Report on plague and inoculation in the Punjab from October 1st ... to September 30th..., being the ... season of plague in the province
Disease focus: Plague
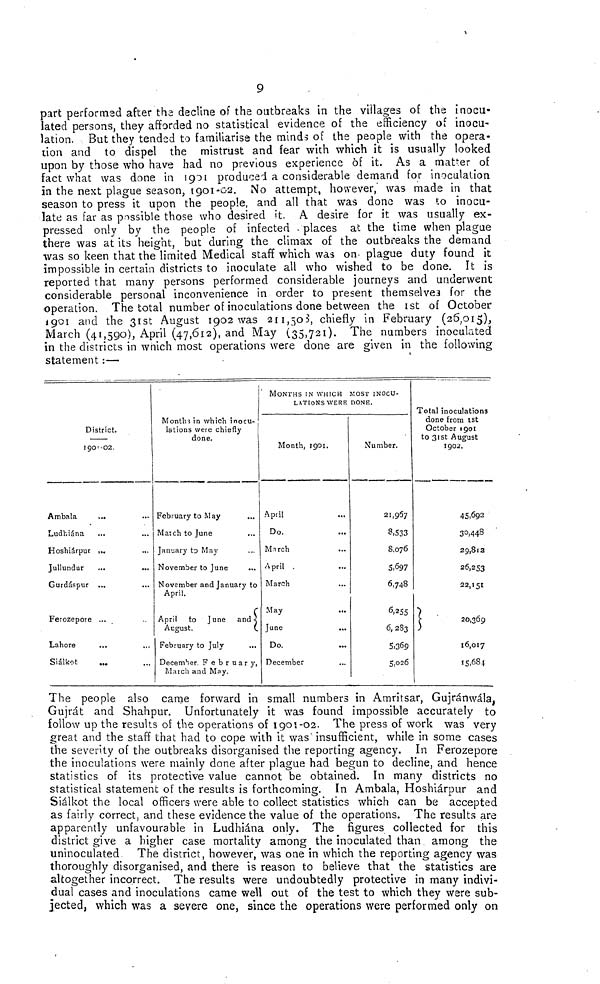
9
part performed after the decline of the outbreaks in the villages of the inocu-
lated persons, they afforded no statistical evidence of the efficiency of inocu-
lation. But they tended to familiarise the minds of the people with the opera-
tion and to dispel the mistrust and fear with which it is usually looked
upon by those who have had no previous experience òf it. As a matter of
fact what was done in 1901 produced a considerable demand for inoculation
in the next plague season, 1901-02. No attempt, however,' was made in that
season to press it upon the people, and all that was done was to inocu-
late as far as possible those who desired it. A desire for it was usually ex-
pressed only by the people of infected . places at the time when plague
there was at its height, but during the climax of the outbreaks the demand
was so keen that the limited Medical staff which was on plague duty found it
impossible in certain districts to inoculate all who wished to be done. It is
reported that many persons performed considerable journeys and underwent
considerable personal inconvenience in order to present themselves for the
operation. The total number of inoculations done between the 1st of October
1901 and the 31st August 1902 was 211,503, chiefly in February (26,015),
March (41,590), April (47,612), and May (35,721). The numbers inoculated
in the districts in wnich most operations were done are given in the following
statement :—
District.
1901-02.
Ambala
Ludhiána
Hoshiárpur
Jullundur
Gurdáspur
Ferozepore
Lahore
Siálkot
...
...
...
...
...
...
...
...
...
...
...
Months in which inocu-
lations were chiefly
done.
February to May
March to June
January to May
November to June
November and January to
April.
April to June and
August.
February to July
December, February,
Match and May.
MONTHS IN WHICH MOST INOCU-
LATIONS WERE DONE.
Month, 1901.
April
Do.
March
April
March
May
June
Do.
December
...
...
...
...
...
...
...
...
Number.
21,967
8,533
8.076
5,697
6,748
6,255
6,283
5,369
5,026
Total inoculations
done from 1st
October 1901
to 31st August
1902.
45,692
30,448
29,812
26,253
22,151
20,369
16,017
15,684
The people also came forward in small numbers in Amritsar, Gujránwála,
Gujrát and Shahpur. Unfortunately it was found impossible accurately to
follow up the results of the operations of 1901-02. The press of work was very
great and the staff that had to cope with it was insufficient, while in some cases
the severity of the outbreaks disorganised the reporting agency. In Ferozepore
the inoculations were mainly done after plague had begun to decline, and hence
statistics of its protective value cannot be obtained. In many districts no
statistical statement of the results is forthcoming. In Ambala, Hoshiárpur and
Siálkot the local officers were able to collect statistics which can be accepted
as fairly correct, and these evidence the value of the operations. The results are
apparently unfavourable in Ludhiána only. The figures collected for this
district give a higher case mortality among the inoculated than among the
uninoculated
The district, however, was one in which the reporting agency was
thoroughly disorganised, and there is reason to believe that the statistics are
altogether incorrect. The results were undoubtedly protective in many indivi-
dual cases and inoculations came well out of the test to which they were sub-
jected, which was a severe one, since the operations were performed only on